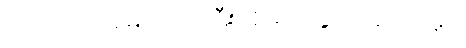
ကျင်ငယ်အိမ် ကျင်ကြီးအိမ်ကို ခွင့်ပြုတော်မူပုံ